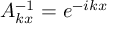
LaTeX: A _ { k x } ^ { - 1 } = e ^ { - i k x }